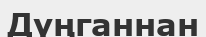
Дүңганнан